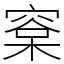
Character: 㮤